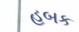
હબક